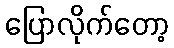
ပြောလိုက်တော့